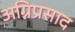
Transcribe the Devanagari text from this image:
अग्निप्रसाद